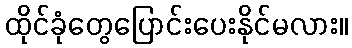
ထိုင်ခုံတွေပြောင်းပေးနိုင်မလား။